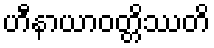
ဟီနာယာဝတ္တိဿတိ